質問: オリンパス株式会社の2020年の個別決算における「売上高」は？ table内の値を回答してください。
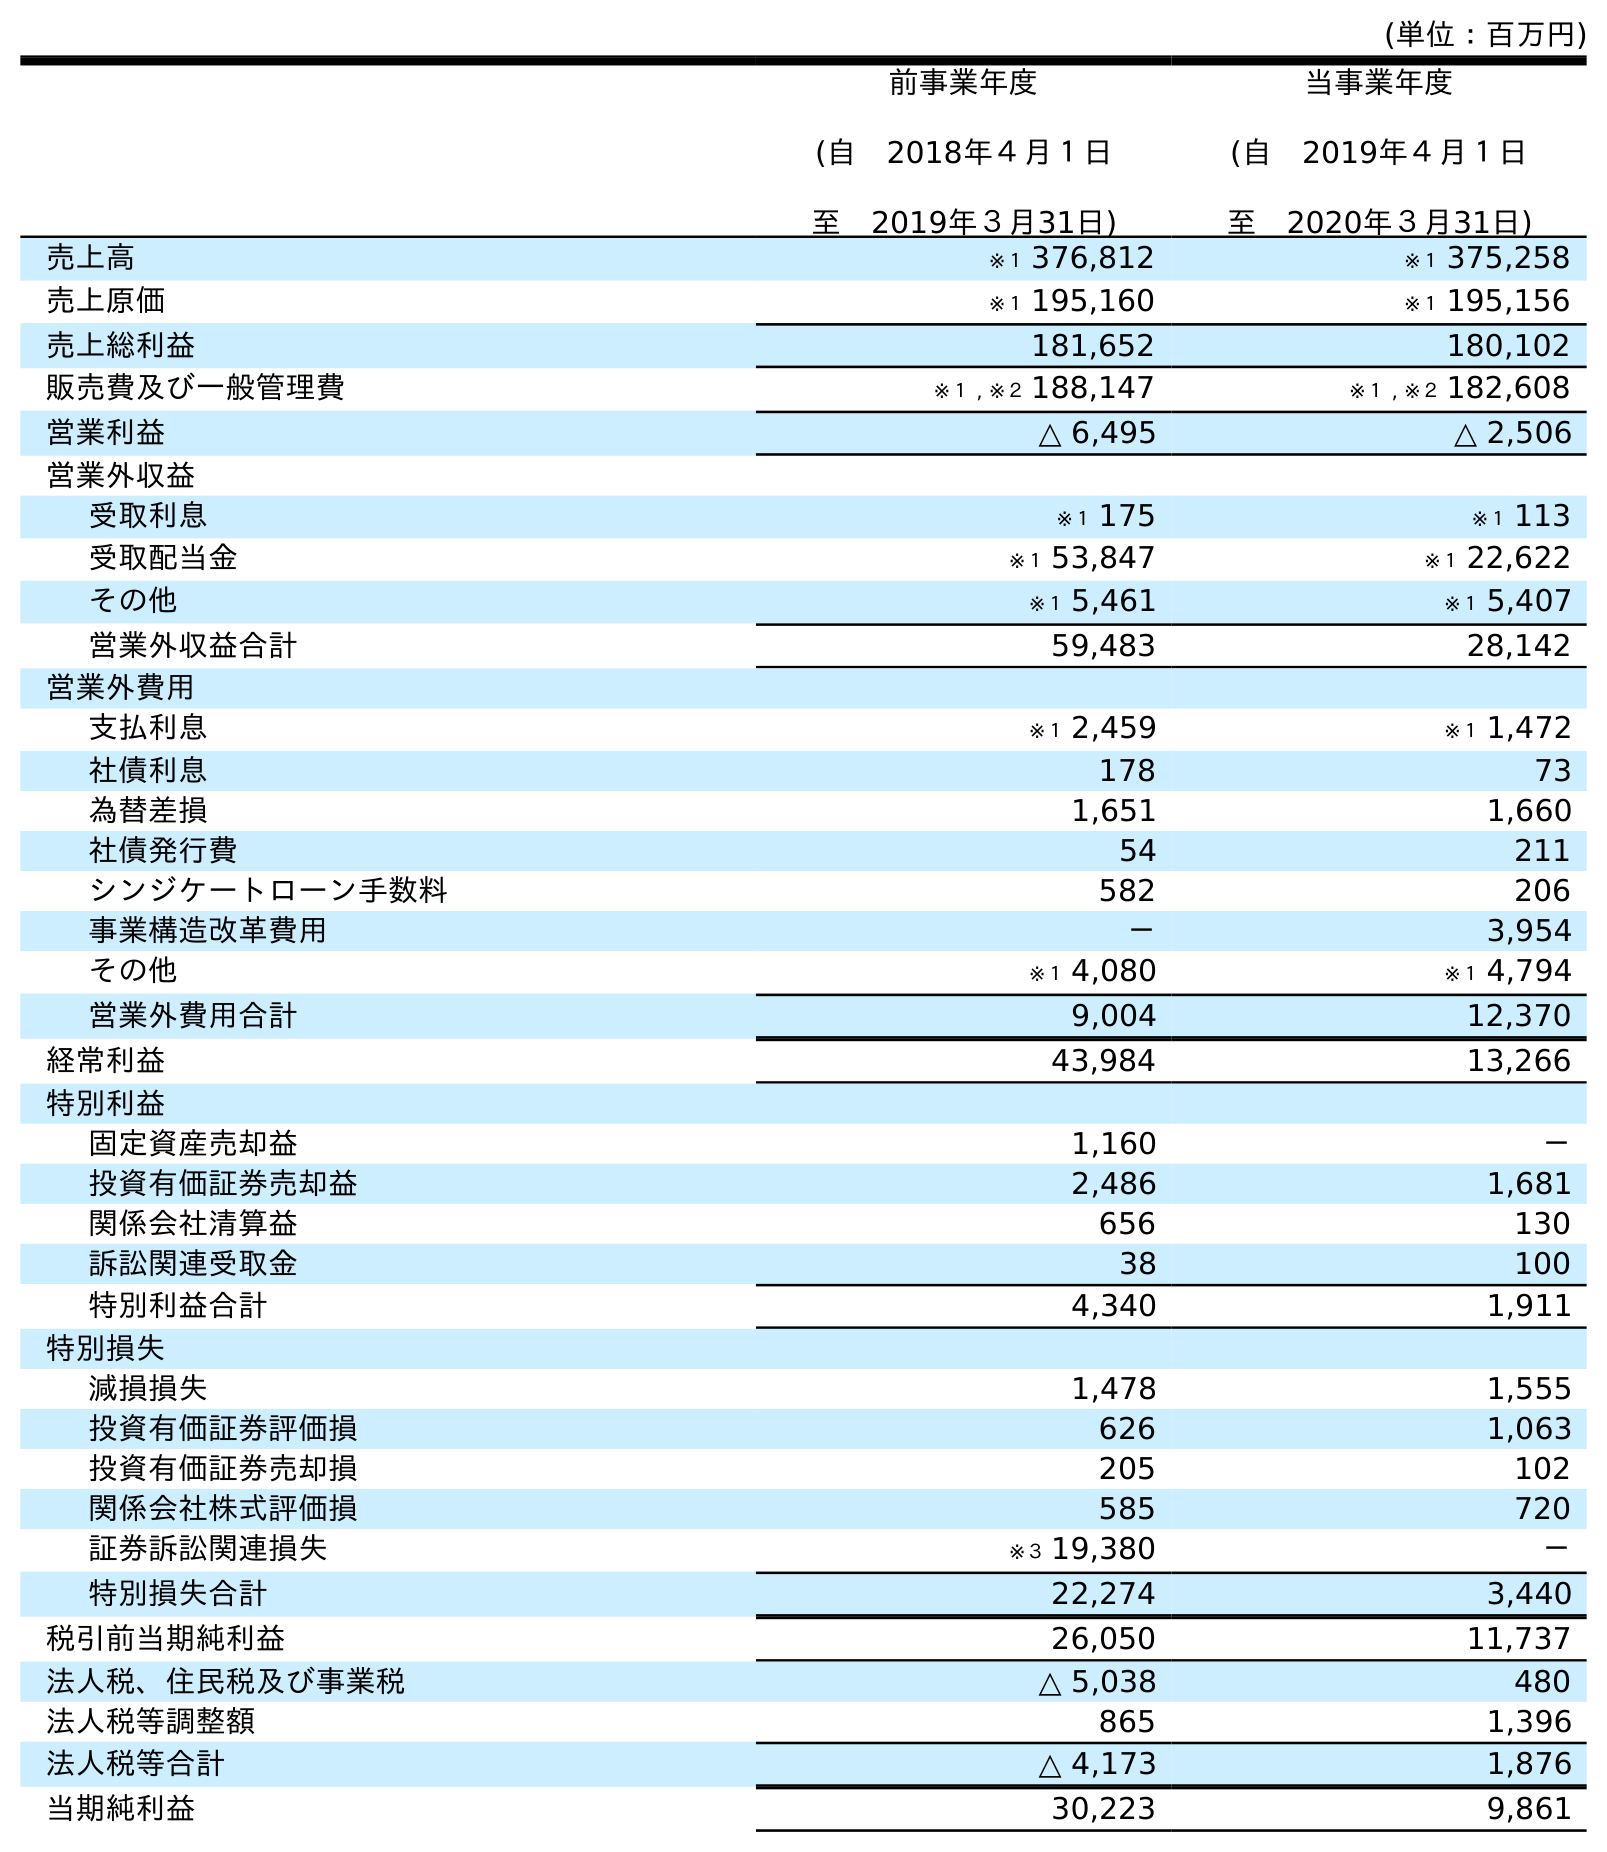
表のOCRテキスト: (単位：百万円) 前事業年度 (自 2018年４月１日 至 2019年３月31日) 当事業年度 (自 2019年４月１日 至 2020年３月31日) 売上高 ※１ 376,812 ※１ 375,258 売上原価 ※１ 195,160 ※１ 195,156 売上総利益 181,652 180,102 販売費及び一般管理費 ※１ , ※２ 188,147 ※１ , ※２ 182,608 営業利益 △ 6,495 △ 2,506 営業外収益 受取利息 ※１ 175 ※１ 113 受取配当金 ※１ 53,847 ※１ 22,622 その他 ※１ 5,461 ※１ 5,407 営業外収益合計 59,483 28,142 営業外費用 支払利息 ※１ 2,459 ※１ 1,472 社債利息 178 73 為替差損 1,651 1,660 社債発行費 54 211 シンジケートローン手数料 582 206 事業構造改革費用 － 3,954 その他 ※１ 4,080 ※１ 4,794 営業外費用合計 9,004 12,370 経常利益 43,984 13,266 特別利益 固定資産売却益 1,160 － 投資有価証券売却益 2,486 1,681 関係会社清算益 656 130 訴訟関連受取金 38 100 特別利益合計 4,340 1,911 特別損失 減損損失 1,478 1,555 投資有価証券評価損 626 1,063 投資有価証券売却損 205 102 関係会社株式評価損 585 720 証券訴訟関連損失 ※３ 19,380 － 特別損失合計 22,274 3,440 税引前当期純利益 26,050 11,737 法人税、住民税及び事業税 △ 5,038 480 法人税等調整額 865 1,396 法人税等合計 △ 4,173 1,876 当期純利益 30,223 9,861
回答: ※１375,258